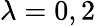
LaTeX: \lambda=0,2